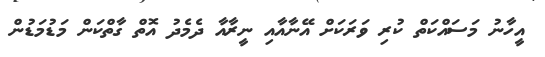
އީހާނު މަސައްކަތް ކުރި ވަރަކަށް އޭނާއާއި ނީރާއާ ދެމެދު އޮތް ގާތްކަން މަޑުމަޑުން